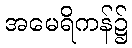
အမေရိကန်၌